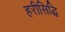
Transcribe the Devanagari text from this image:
हरीसिद्धि